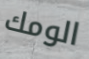
الومك